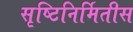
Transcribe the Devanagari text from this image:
सृष्टिनिर्मितीस